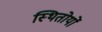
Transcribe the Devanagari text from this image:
स्थितोयों